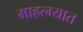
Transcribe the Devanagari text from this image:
माहत्म्यात